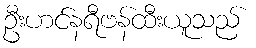
ဦးဟင်နရီဗန်ထီးယူသည်